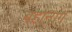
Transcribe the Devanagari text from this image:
बहानाग